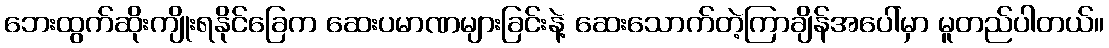
ဘေးထွက်ဆိုးကျိုးရနိုင်ခြေက ဆေးပမာဏများခြင်းနဲ့ ဆေးသောက်တဲ့ကြာချိန်အပေါ်မှာ မူတည်ပါတယ်။